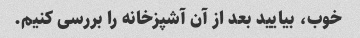
خوب، بیایید بعد از آن آشپزخانه را بررسی کنیم.